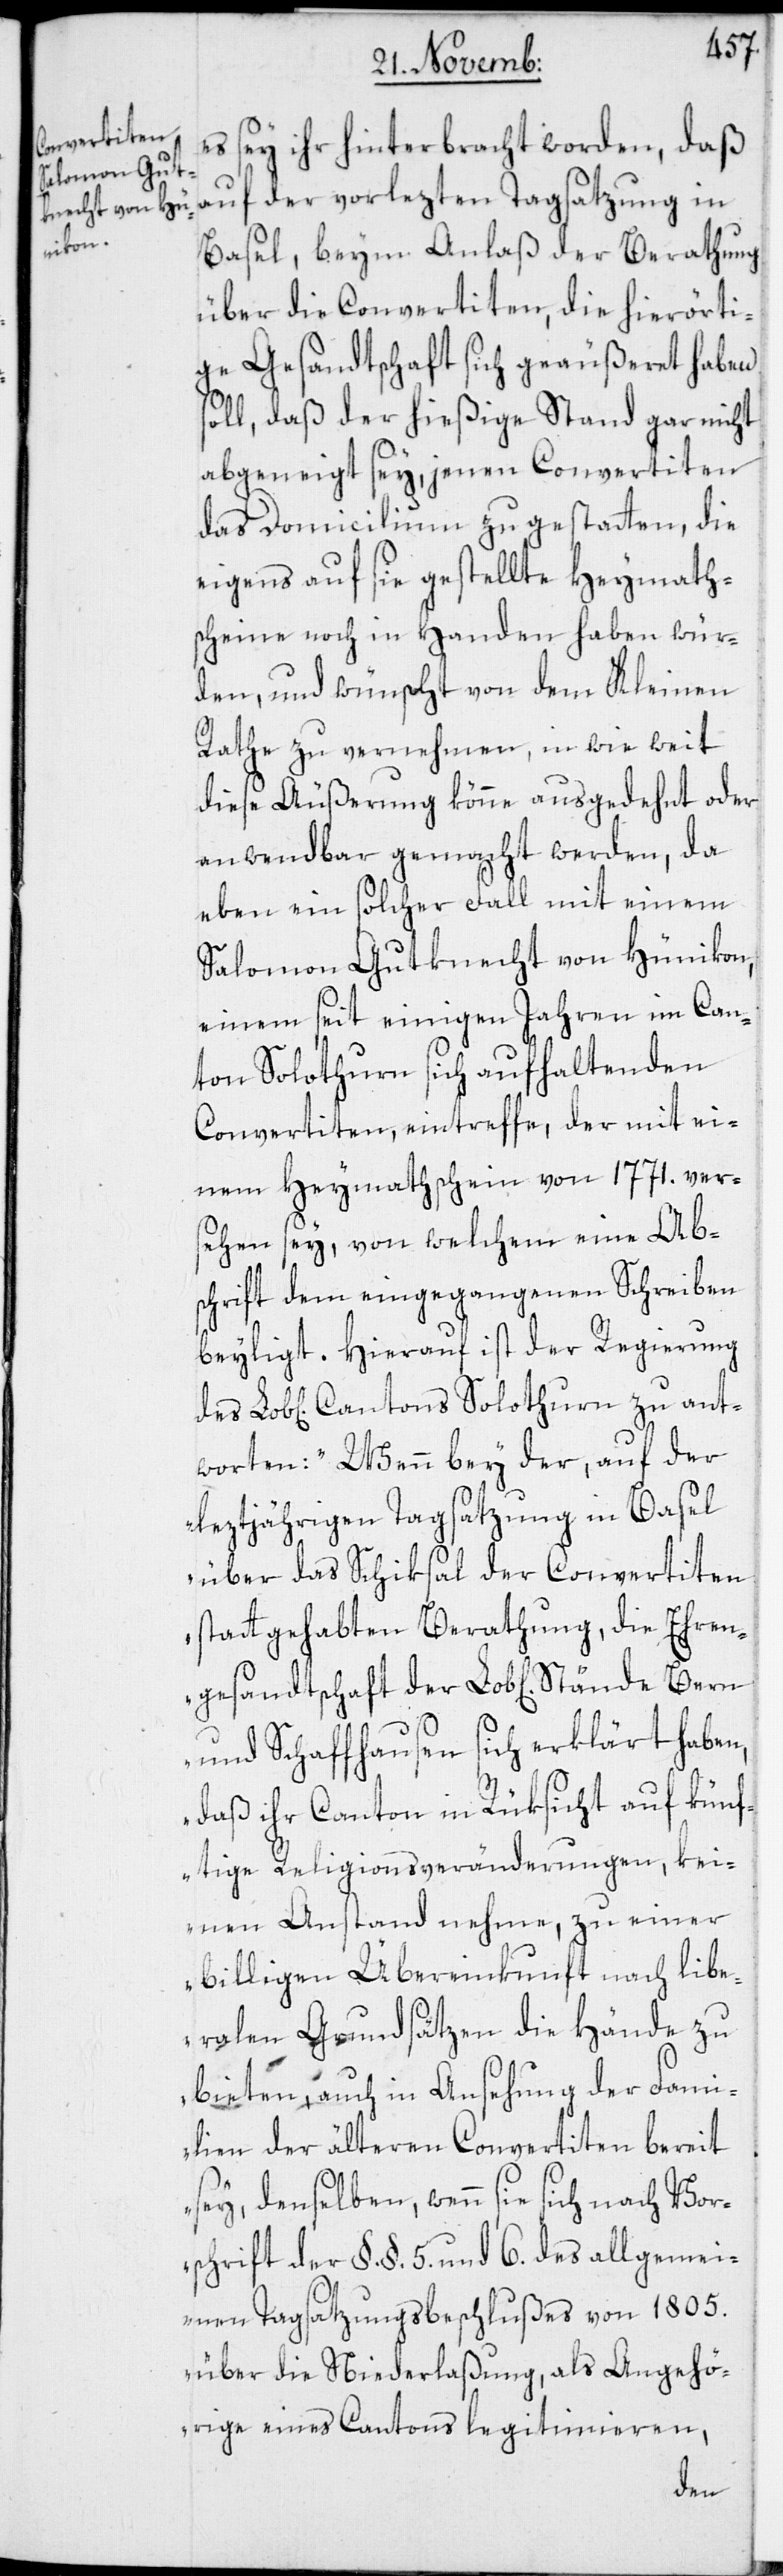
zu ant¬

es sey ihr hinterbracht worden, daß
auf der vorlezten Tagsatzung in
Basel, beym Anlaß der Berathung
über die Convertiten, die hierörti¬
ge Gesandtschaft sich geäußeret haben
soll, daß der hießige Stand gar nicht
abgeneigt sey, jenen Convertiten
das Domicilium zu gestatten, die
eigens auf sie gestellte Heymath¬
scheine noch in Handen haben wür¬
den, und wünscht von dem Kleinen
Rathe zu vernehmen, in wie weit
diese Äußerung könne ausgedehnt oder
anwendbar gemacht werden, da
eben ein solcher Fall mit einem
Salomon Gutknecht von Hünikon,
einem seit einigen Jahren im Can¬
ton Solothurn sich aufhaltenden
Convertiten, eintreffe, der mit ei¬
nem Heymathschein von 1771. ver¬
sehen sey, von welchem eine Ab¬
schrift dem eingegangenen Schreiben
beyligt. Hierauf ist der Regierung
worten: „Wenn bey der, auf der
leztjährigen Tagsatzung in Basel
über das Schiksal der Convertiten
statt gehabten Berathung, die Ehren¬
gesandtschaft der Lob[lichen] Stände
und Schaffhausen sich erklärt haben,
daß ihr Canton in Rüksicht auf künf¬
tige Religionsveränderungen, kei¬
nen Anstand nehme, zu einer
billigen Übereinkunft nach libe¬
ralen Grundsätzen die Hände zu
bieten, auch in Ansehung der Fami¬
lien der älteren Convertiten bereit
sey, denselben wenn sie sich nach Vor¬
schrift der §.§. 5. und 6. des allgemei¬
nen Tagsatzungsbeschlußes von 1805.
über die Niederlaßung, als Angehö¬
rige eines Cantons legitimieren,
des